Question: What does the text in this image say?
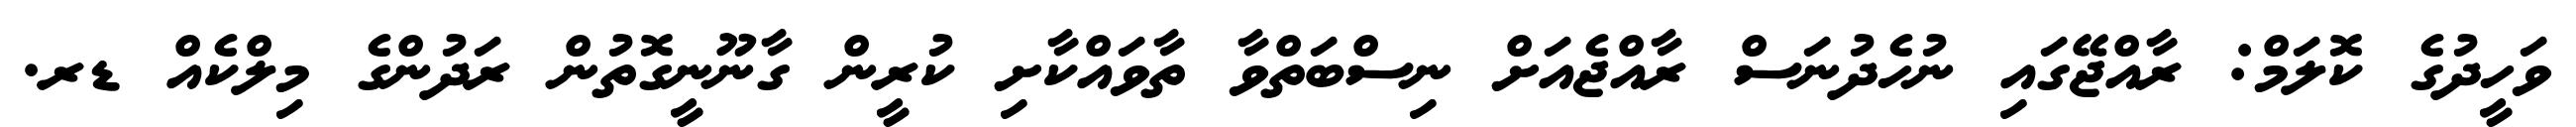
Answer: ވަހީދުގެ ކޮލަމް: ރާއްޖޭގައި ނުހެދުނަސް ރާއްޖެއަށް ނިސްބަތްވާ ތާވައްކާށި ކުރީން ގާނޫނީގޮތުން ރަދުންގެ މިލްކެއް ޑރ.